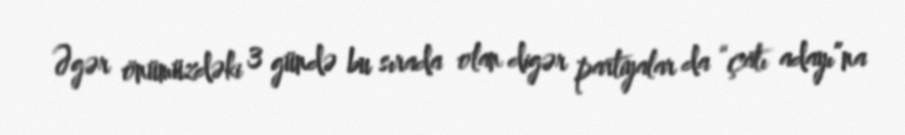
Əgər önümüzdəki 3 gündə bu sırada olan digər partiyalar da “çatı adayı”na